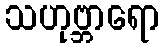
သဟုဗ္ဘာရော